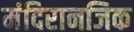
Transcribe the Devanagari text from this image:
मंदिरानजिक